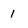
Character: 1